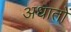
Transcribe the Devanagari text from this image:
अधातों